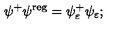
\psi ^ { + } \psi ^ { \mathrm { r e g } } = \psi _ { \varepsilon } ^ { + } \psi _ { \varepsilon } ;